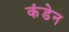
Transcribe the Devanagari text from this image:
कंडेन